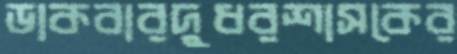
ডাকবারদুধরশাসকের